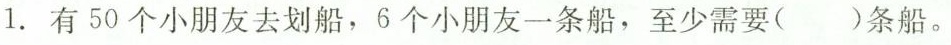
1.有50个小朋友去划船，6个小朋友一条船，至少需要( )条船。